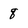
Character: 8